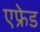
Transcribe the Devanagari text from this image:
एफ्रेड